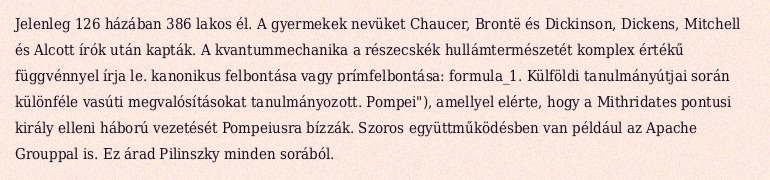
Jelenleg 126 házában 386 lakos él. A gyermekek nevüket Chaucer, Brontë és Dickinson, Dickens, Mitchell és Alcott írók után kapták. A kvantummechanika a részecskék hullámtermészetét komplex értékű függvénnyel írja le. kanonikus felbontása vagy prímfelbontása: formula_1. Külföldi tanulmányútjai során különféle vasúti megvalósításokat tanulmányozott. Pompei"), amellyel elérte, hogy a Mithridates pontusi király elleni háború vezetését Pompeiusra bízzák. Szoros együttműködésben van például az Apache Grouppal is. Ez árad Pilinszky minden sorából.